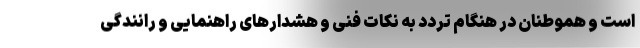
است و هموطنان در هنگام تردد به نکات فنی و هشدارهای راهنمایی و رانندگی